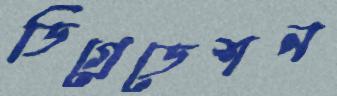
ডিগ্রেডেশন